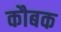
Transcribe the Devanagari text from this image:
कौबक